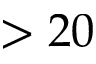
> 2 0